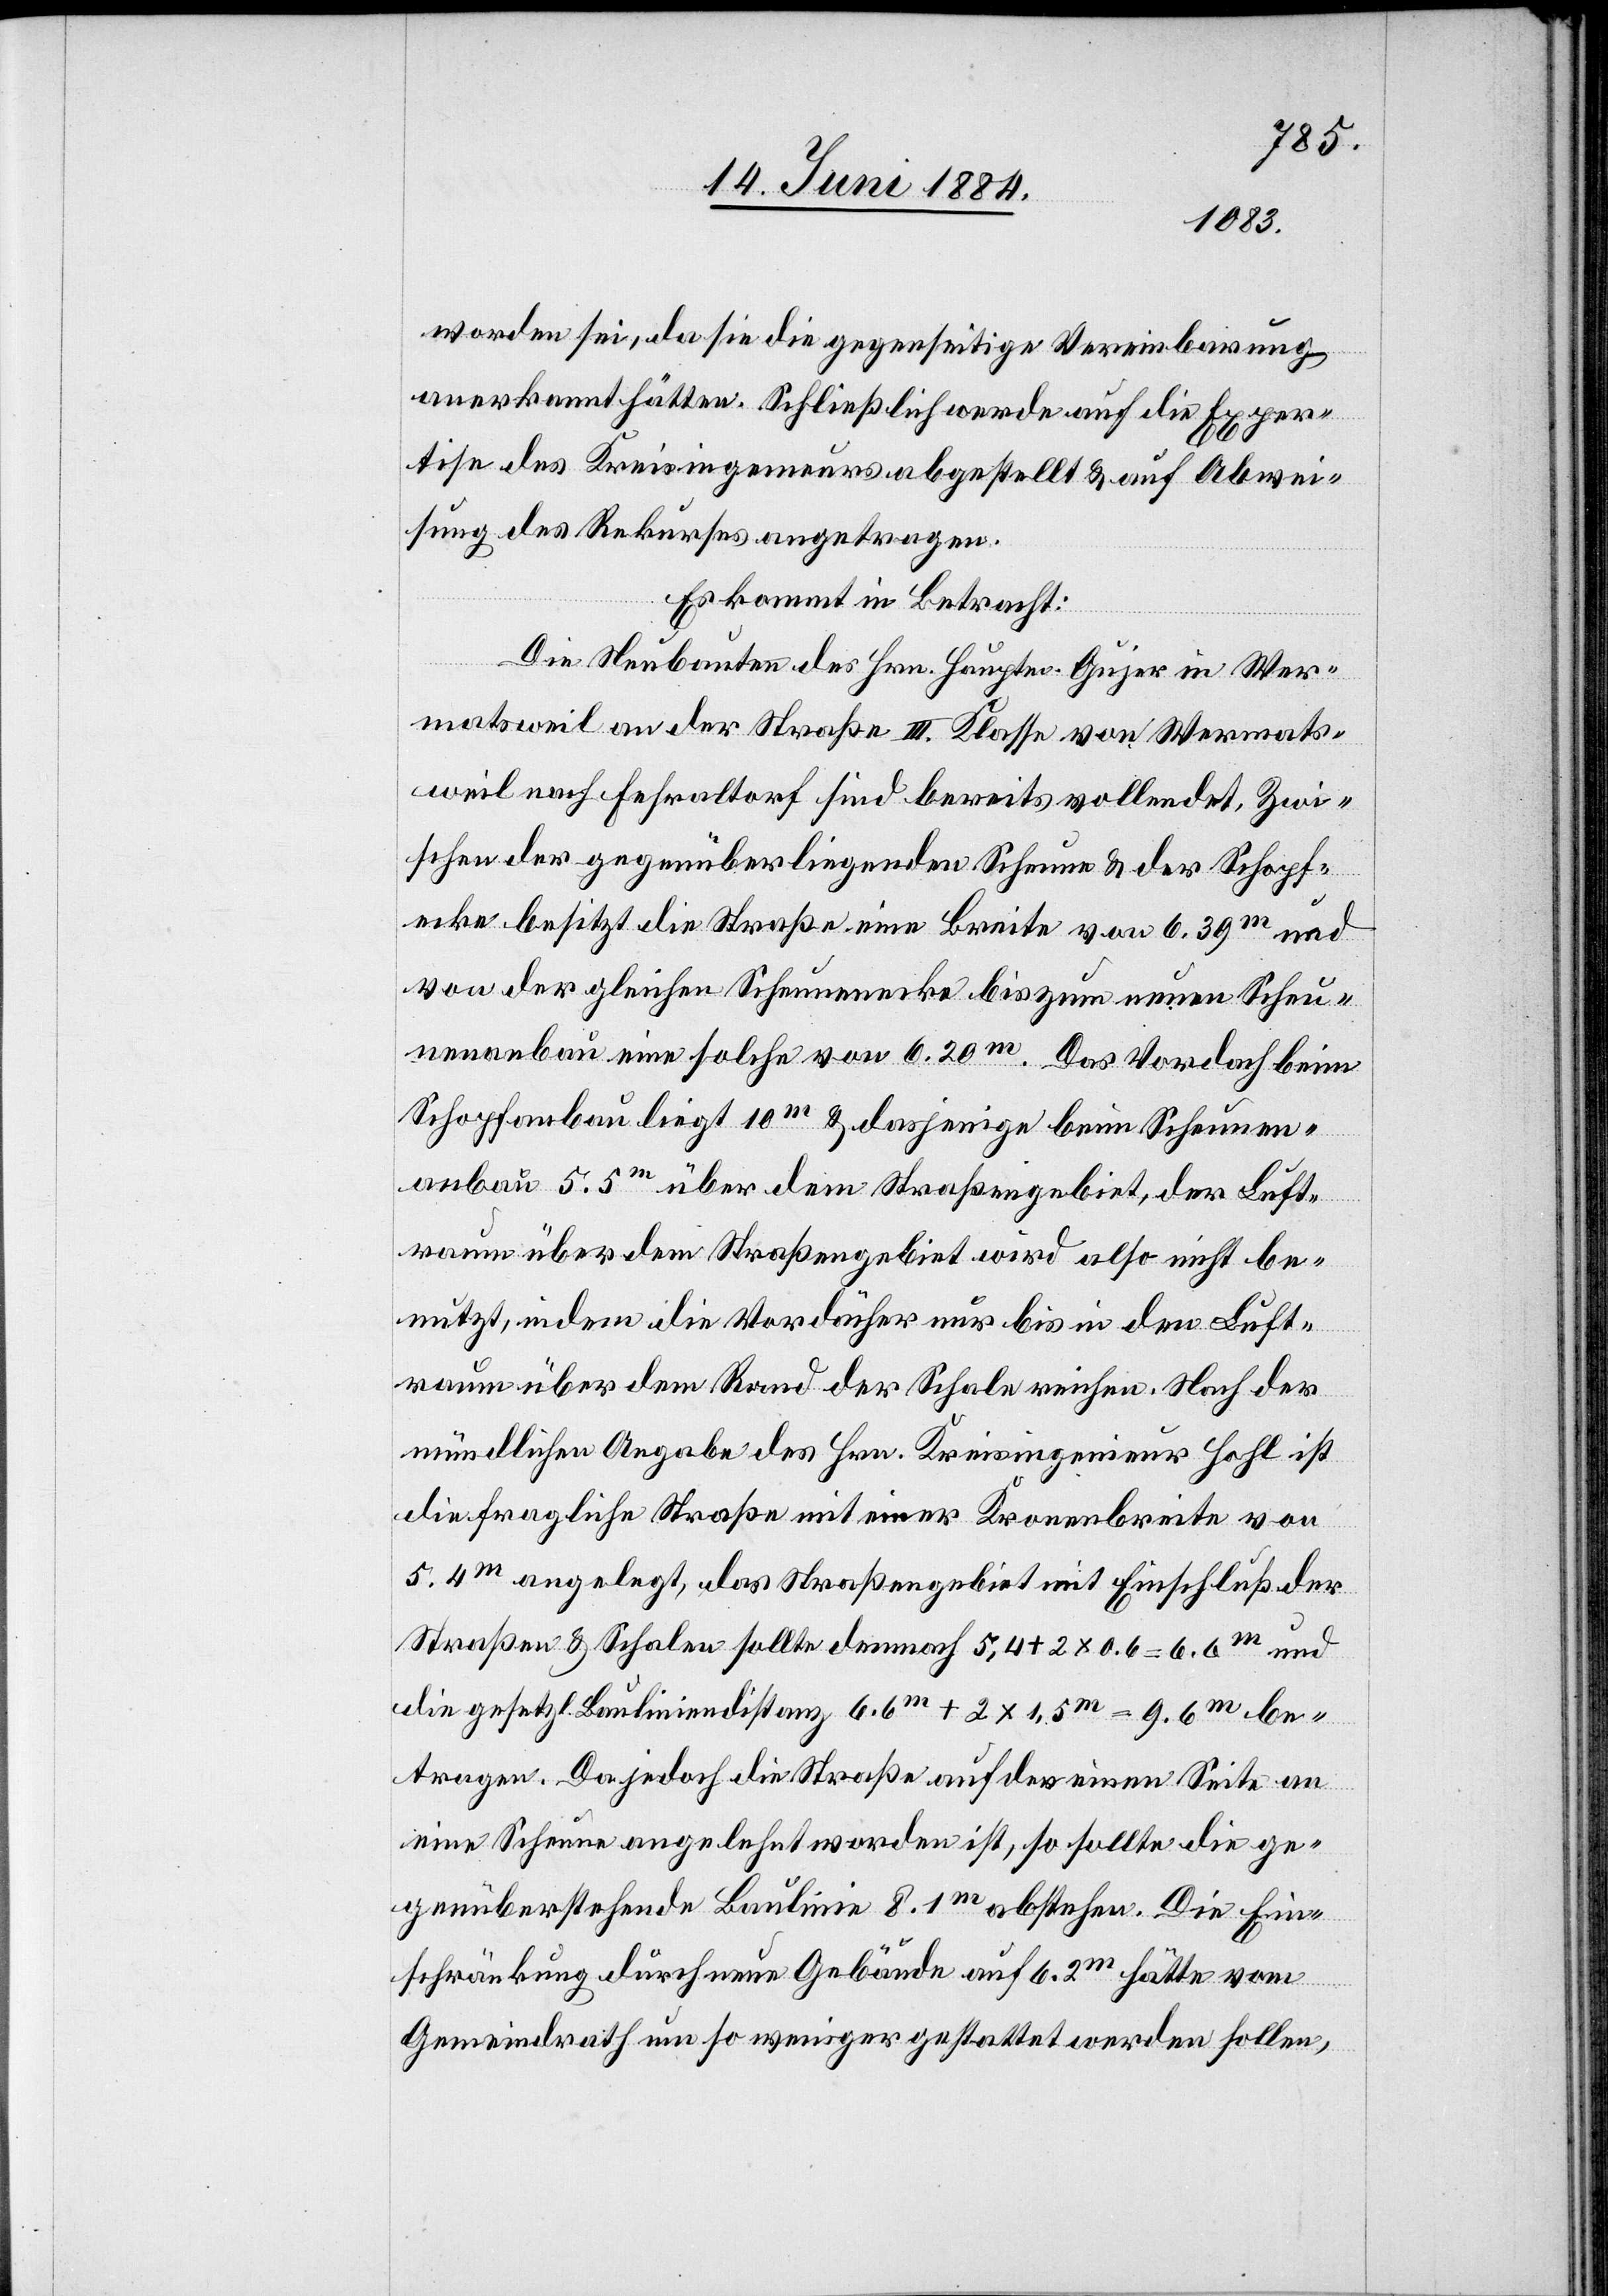
worden sei, da sie die gegenseitige Vereinbarung
anerkannt hätten. Schließlich werde auf die Exper¬
tise des Kreisingenieurs abgestellt & auf Abwei¬
sung des Rekurses angetragen.
Es kommt in Betracht:
Die Neubauten des Hrn. Hauptm. Gujer in Wer¬
matsweil an der Straße III. Klasse von Wermats¬
weil nach Fehraltorf sind bereits vollendet. Zwi¬
schen der gegenüberliegenden Scheune & der Schopf¬
ecke besitzt die Straße eine Breite von 6.39m und
von der gleichen Scheunenecke bis zum neuen Scheu¬
nenanbau eine solche von 6.20m. Das Vordach beim
Schopfanbau liegt 10m & dasjenige beim Scheunen¬
anbau 5.5m über dem Straßengebiet, der Luft¬
raum über dem Straßengebiet wird also nicht be¬
nutzt, indem die Vordächer nur bis in den Luft¬
raum über dem Rand der Schale reichen. Nach der
mündlichen Angabe des Hrn. Kreisingenieur Hohl ist
die fragliche Straße mit einer Kronenbreite von
5.4m angelegt, das Straßengebiet mit Einschluß der
Straßen & Schalen sollte demnach 5,4 + 2 x 0,6 = 6,6m und
die gesetzl. Bauliniendistanz 6,6m + 2 x 1,5m = 9.6m be¬
tragen. Da jedoch die Straße auf der einen Seite an
eine Scheune angelehnt worden ist, so sollte die ge¬
genüberstehende Baulinie 8.1m abstehen. Die Ein¬
schränkung durch neue Gebäude auf 6.2m hätte vom
Gemeindrath um so weniger gestattet werden sollen,